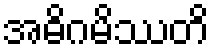
အဓိဂမိဿတိ